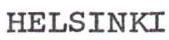
HELSINKI